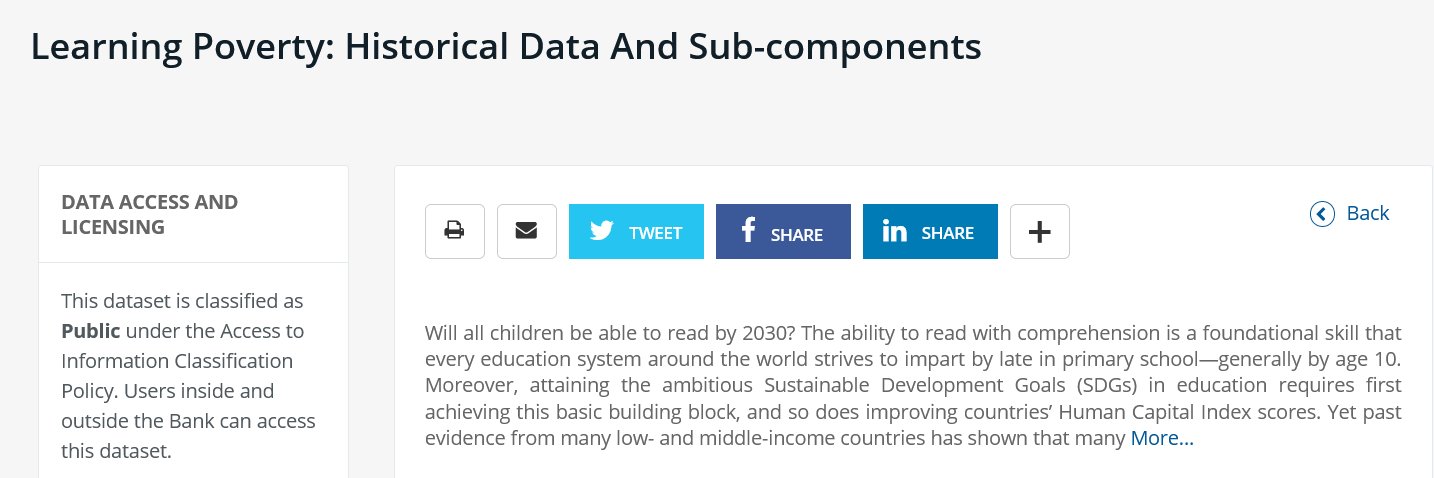
Learning    Poverty:    Historical    Data    And    Sub-components
     DATA  ACCESS AND
     LICENSING
     This dataset is classified as
     Public under the Access to
     Information Classification
     Policy. Users inside and
     outside the Bank can access
     this dataset.
     Will all children be able to read by 2030? The ability to read with comprehension is a foundational skill that
     every education system around the world strives to impart by late in primary school—generally by age 10.
     Moreover, attaining the ambitious Sustainable Development Goals (SDGs) in education requires first
     achieving this basic building block, and so does improving countries’ Human Capital Index scores. Yet past
     evidence from many low- and middle-income countries has shown that many More...
     cn    EE    -
     ©) Back